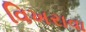
વિખરાવા